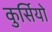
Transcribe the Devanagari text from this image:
कुर्सियो